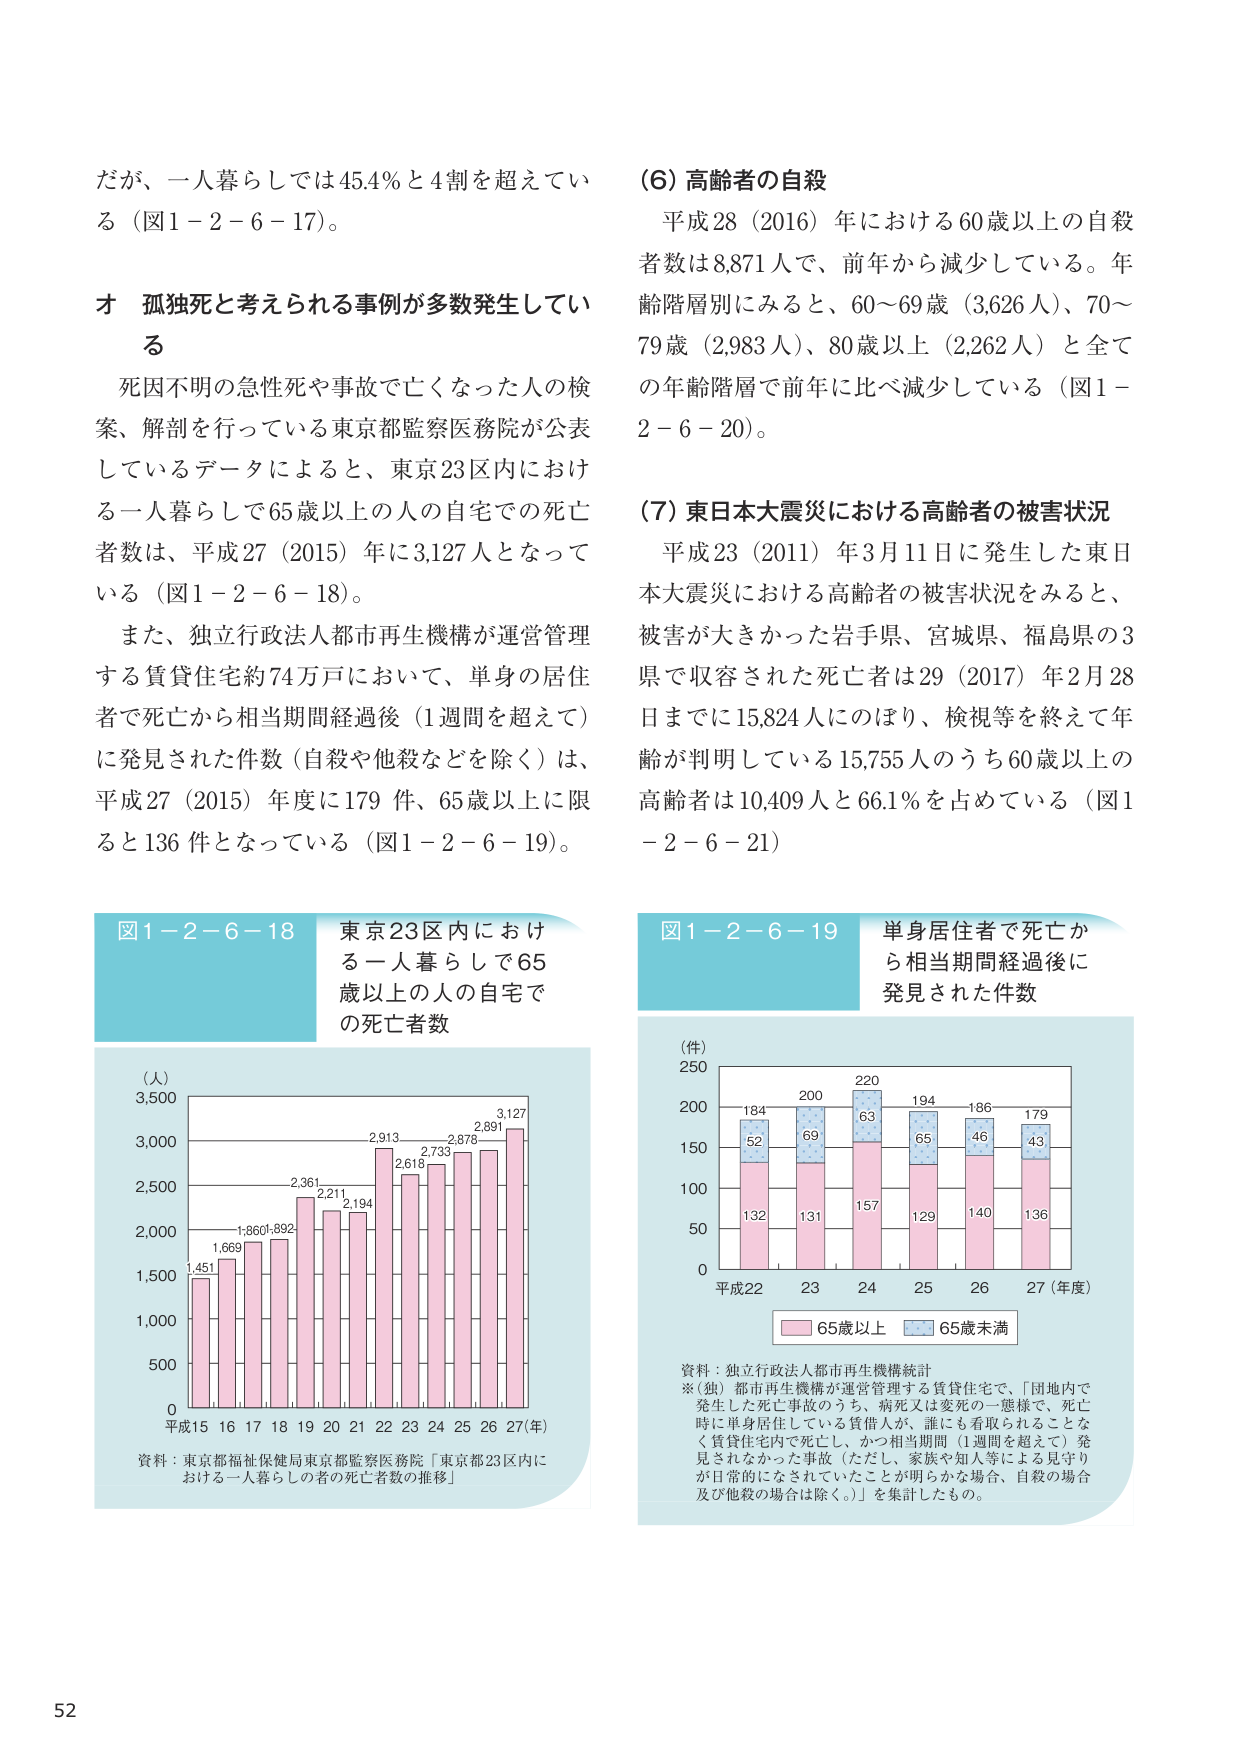
だが、一人暮らしでは45.4％と4割を超えている（図1－2－6－17）。

オ 孤独死と考えられる事例が多数発生している

死因不明の急性死や事故で亡くなった人の検案、解剖を行っている東京都監察医務院が公表しているデータによると、東京23区内における一人暮らしで65歳以上の人 の自宅での死亡者数は、平成27（2015）年に3,127人となっている（図1－2－6－18）。

また、独立行政法人都市再生機構が運営管理する賃貸住宅約74万戸において、単身の居住者で死亡から相当期間経過後（1週間を超えて）に発見された件数（自殺や他殺などを除く）は、平成27（2015）年度に179件、65歳以上に限ると136件となっている（図1－2－6－19）。

図1－2－6－18 東京23区内における一人暮らしで65歳以上の人 の自宅での死亡者数

（人）
3,500
3,000
2,500
2,000
1,500
1,000
500
0
平成15 16 17 18 19 20 21 22 23 24 25 26 27（年）
1,451 1,669 1,860 1,892 2,361 2,211 2,194 2,913 2,618 2,733 2,878 2,891 3,127
資料：東京都福祉保健局東京都監察医務院「東京都23区内における一人暮らしの者の死亡者数の推移」

（6）高齢者の自殺

平成28（2016）年における60歳以上の自殺者数は8,871人で、前年から減少している。年齢階層別にみると、60～69歳（3,626人）、70～79歳（2,983人）、80歳以上（2,262人）と全ての年齢階層で前年に比べ減少している（図1－2－6－20）。

（7）東日本大震災における高齢者の被害状況

平成23（2011）年3月11日に発生した東日本大震災における高齢者の被害状況をみると、被害が大きかった岩手県、宮城県、福島県の3県で収容された死亡者は29（2017）年2月28日までに15,824人にのぼり、検視等を終えて年齢が判明している15,755人のうち60歳以上の高齢者は10,409人で66.1％を占めている（図1－2－6－21）。

図1－2－6－19 単身居住者で死亡から相当期間経過後に発見された件数

（件）
250
200
150
100
50
0
平成22 23 24 25 26 27（年度）
184 200 220 194 186 179
52 69 63 65 46 43
132 131 157 129 140 136
65歳以上 65歳未満
資料：独立行政法人都市再生機構統計
※（独）都市再生機構が運営管理する賃貸住宅で、「団地内で発生した死亡事故のうち、病死又は変死の一態様で、死亡時に単身居住している賃借人が、誰にも看取られることなく賃貸住宅内で死亡し、かつ相当期間（1週間を超えて）発見されなかった事故（ただし、家族や知人等による見守りが日常的になされていたことが明らかな場合、自殺の場合及び他殺の場合は除く。）」を集計したもの。

52